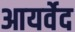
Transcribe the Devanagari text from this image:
आयर्वेद